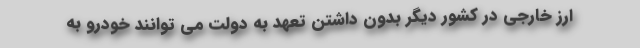
ارز خارجی در کشور دیگر بدون داشتن تعهد به دولت می توانند خودرو به